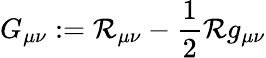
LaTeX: G_{\mu\nu}:=\mathcal{R}_{\mu\nu}-\frac{{1}}{{2}}\mathcal{R}g_{\mu\nu}